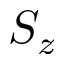
S _ { z }